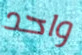
واحد